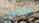
ماكجي